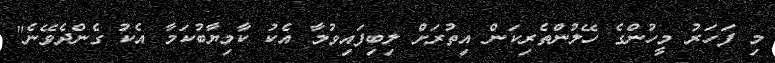
މި ފަހަރު މީހުންގެ ހޭލުންތެރިކަން އިތުރަށް ލިބިފައިވުމާ އެކު ކާމިޔާބުކަމާ އެކު ގެންދެވޭނެ"